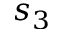
s _ { 3 }